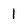
Character: I